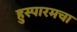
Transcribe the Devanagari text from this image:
हुस्पारमचा